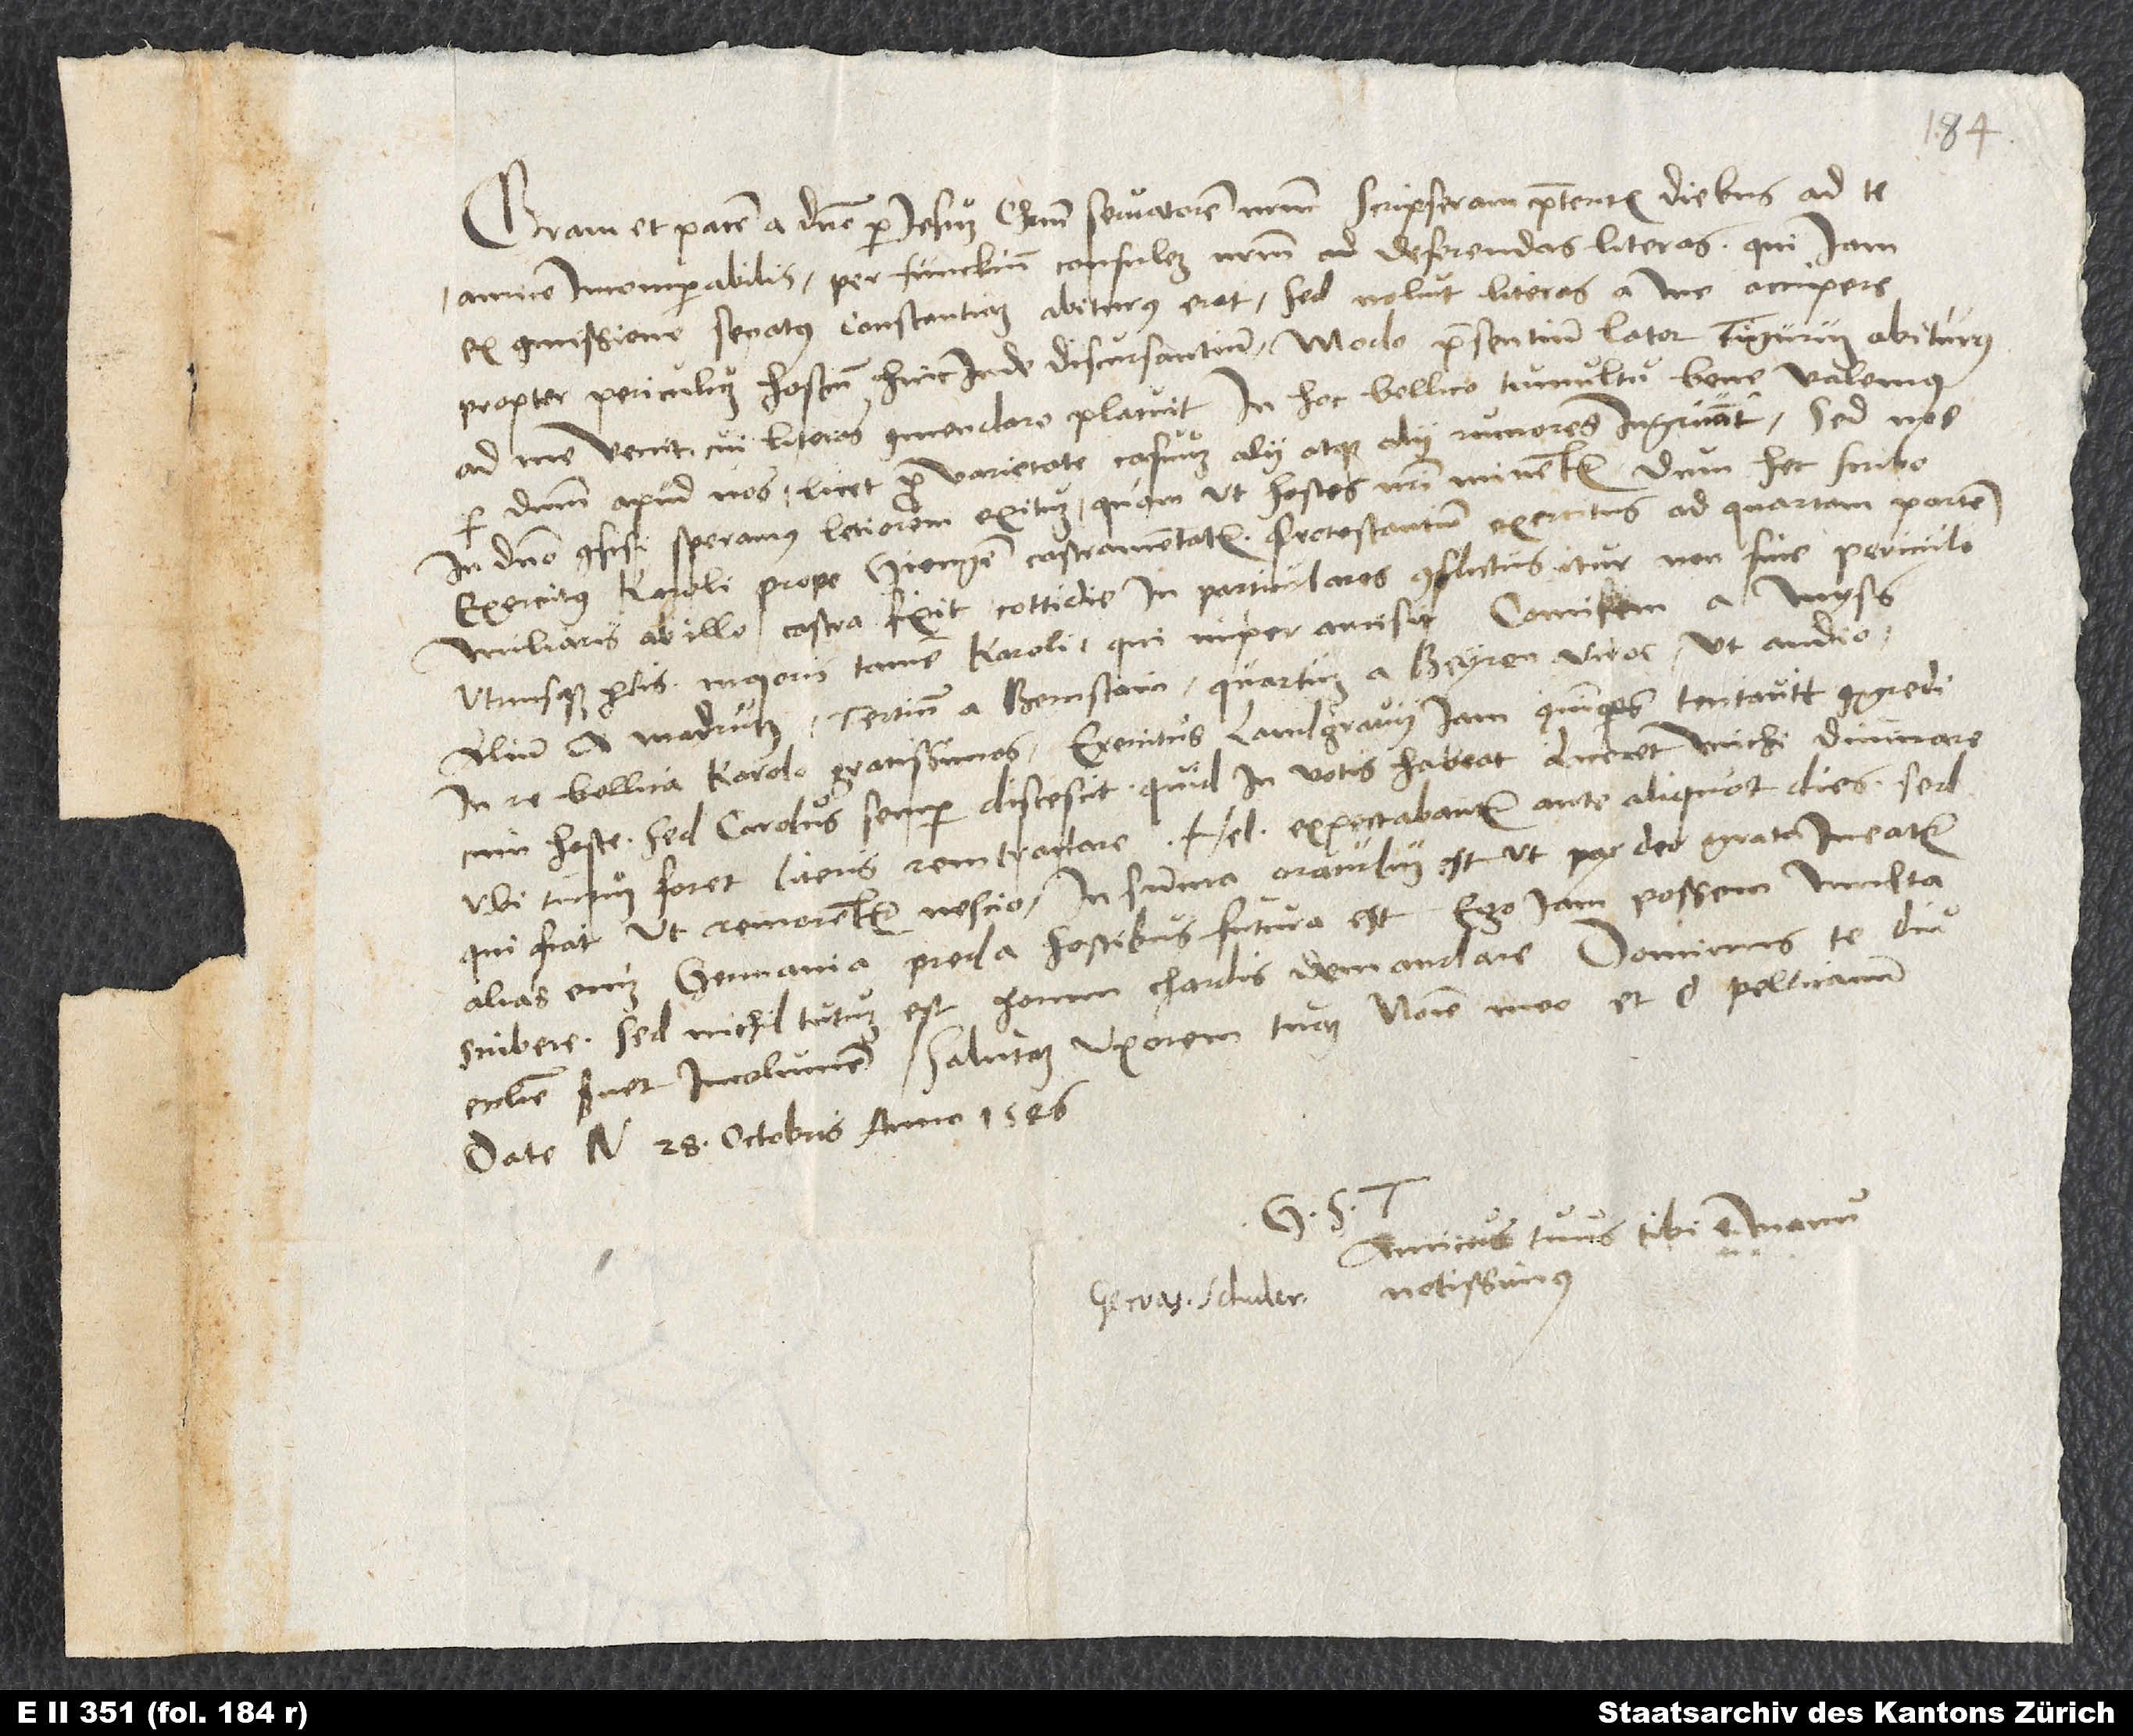
Gratiam et pacem a domino per Iesum Christum, servatorem nostrum. Scripseram praeteritis diebus ad te,
amice incomparabilis, per Funckium, consulem nostrum, deferendas literas, qui iam
ex commissione senatus Constantiam abiturus erat. Sed noluit literas a me accipere
propter periculum hostium hincinde discursantium. Modo praesentium lator Tigurum abiturus
ad me venit, cui literas commendare placuit. In hoc bellico tumultu bene valemus
per dominum apud nos, licet pro varietate casuum alii atque alii rumores ingruant. Sed nos
in domino confisi speramus letiorem exitum, quam ut hostes nostri minentur. Dum hec scribo,
exercitus Karoli prope Giengen castramentatur. Protestantium exercitus ad quartam partem
miliaris ab illo castra fixit. Cottidie in particulares conflictus itur non sine periculo
utriusque partis, maiori tamen Karoli, qui nuper amisit comitem a Myß,
alium a Madrutz, tertium a Bernstain, quartum a Beyren - viros, ut audio,
in re bellica Karolo gratissimos. Exercitus landgravii iam quinquies tentavit congredi
cum hoste, sed Carolus semper discescit. Quid in votis habeat, liceret michi divinare,
ubi tutum foret literis rem tractare. Helvetii expectabantur ante aliquot dies, sed
qui fiat, ut remorentur, nescio. In summa oraculum est, ut pax deo grata ineatur,
alias enim Germania pręda hostibus futura est. Ego iam possem multa
scribere, sed nichil tutum est horum chardis demandare. Dominus te diu
ecclesiae servet incolumem. Saluta uxorem tuam nomine meo et d. Pellicanum.
Datę N., 28. octobris anno 1546.
amicus tuus tibi e manu